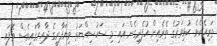
ތަރިއެކެވެ. ކުޅިވަރުގެ ތެރެއިން އުފެދިގެން އައި މި ސަހުސިއްޔަތު ވިޔަފާރީގެ ދާއިރާގައިވެސް ވެފައި